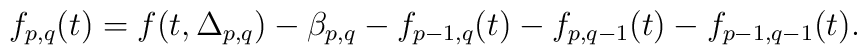
f_{p,q}(t)=f(t,\Delta_{p,q})-\beta_{p,q}-f_{p-1,q}(t)-f_{p,q-1}(t)-f_{p-1,q-1}(t).